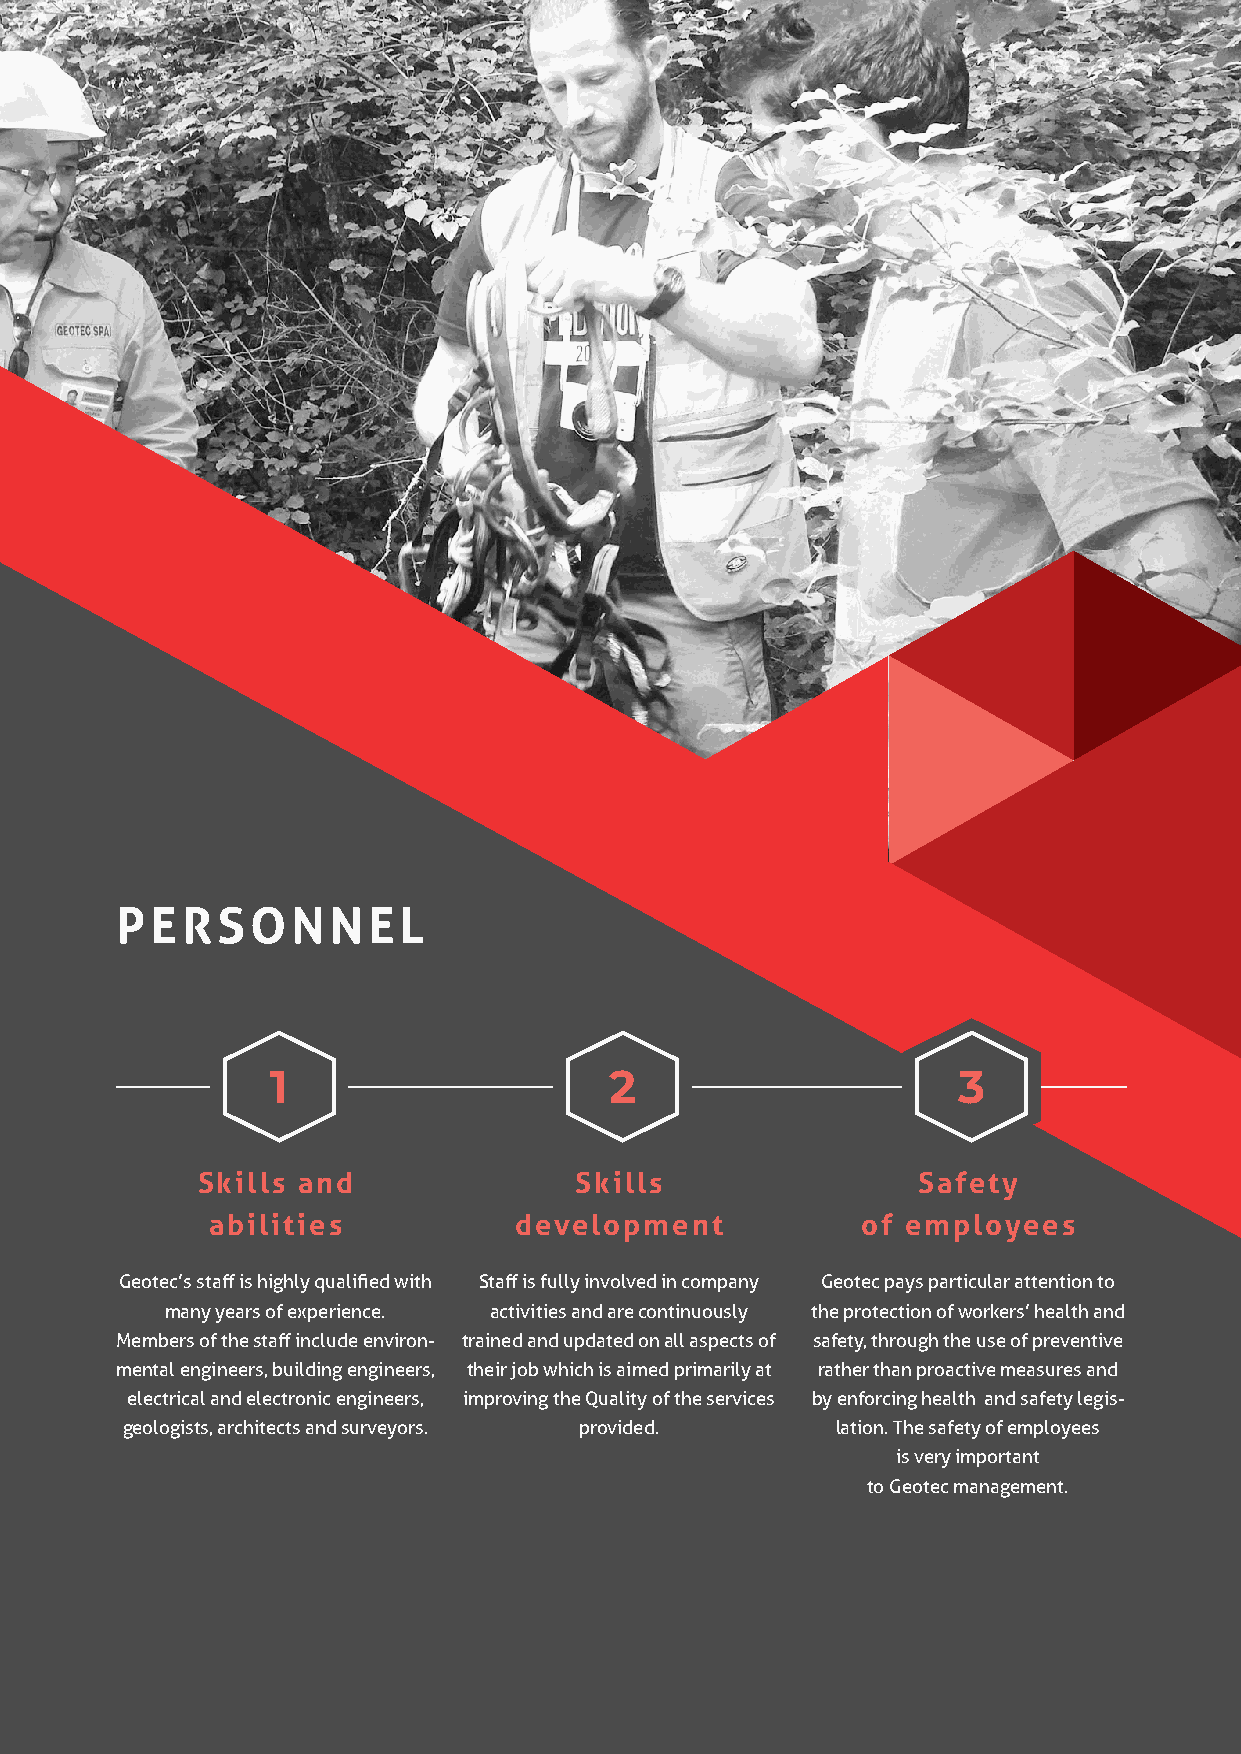
GEOTECSPA.COM
 PERSONNEL
 1                     2                      3
 Skills and               Skills                 Safety
 abilities           development            of employees
 Geotec’s staff is highly qualified with Staff is fully involved in company Geotec pays particular attention to
 many years of experience. activities and are continuously the protection of workers’ health and
 Members of the staff include environ- trained and updated on all aspects of safety, through the use of preventive
 mental engineers, building engineers, their job which is aimed primarily at rather than proactive measures and
 electrical and electronic engineers, improving the Quality of the services by enforcing health and safety legis-
 geologists, architects and surveyors. provided. lation. The safety of employees
 is very important
 to Geotec management.
 5